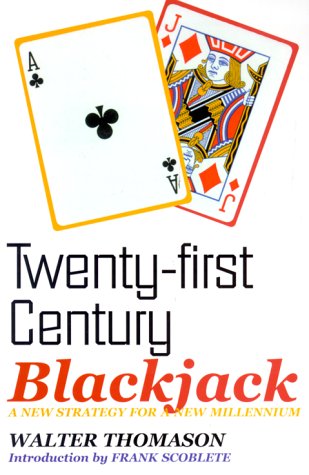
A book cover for Twenty-First Century Blackjack; Walter Thomason; Humor & Entertainment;